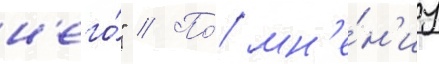
н'его́" // По́ мн'е́н'иу